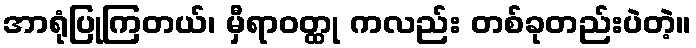
အာရုံပြုကြတယ်၊ မှီရာဝတ္ထု ကလည်း တစ်ခုတည်းပဲတဲ့။